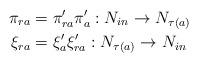
LaTeX: \begin{align*}\pi_{ra}&=\pi_{ra}' \pi_{a}': N_{in} \rightarrow N_{\tau(a)} \\\xi_{ra}&=\xi_{a}' \xi_{ra}': N_{\tau(a)} \rightarrow N_{in}\end{align*}